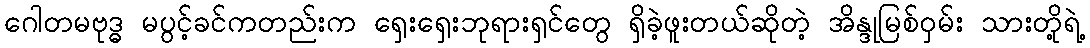
ဂေါတမဗုဒ္ဓ မပွင့်ခင်ကတည်းက ရှေးရှေးဘုရားရှင်တွေ ရှိခဲ့ဖူးတယ်ဆိုတဲ့ အိန္ဒုမြစ်ဝှမ်း သားတို့ရဲ့